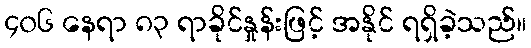
၄၀၆ နေရာ ၈၃ ရာခိုင်နှုန်းဖြင့် အနိုင် ရရှိခဲ့သည်။